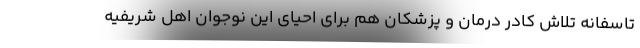
تاسفانه تلاش کادر درمان و پزشکان هم برای احیای این نوجوان اهل شریفیه